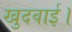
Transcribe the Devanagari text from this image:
खुदवाई।